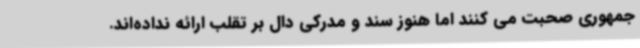
جمهوری صحبت می کنند اما هنوز سند و مدرکی دال بر تقلب ارائه نداده‌اند.